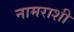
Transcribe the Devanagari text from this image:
नामराशी